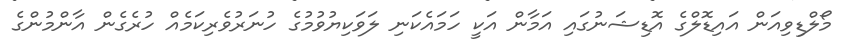
މޯލްޑިވިއަން އައިޑޮލްގެ އޮޑިޝަނުގައި އަމާން އަކީ ހަމައެކަނި ލަވަކިޔުވުމުގެ ހުނަރުވެރިކަމެއް ހުރެގެން އާންމުންގެ